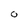
Character: 0